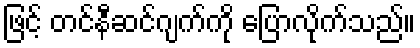
ဖြင့် တင်နီဆင်ဂျက်ကို ပြောလိုက်သည်။